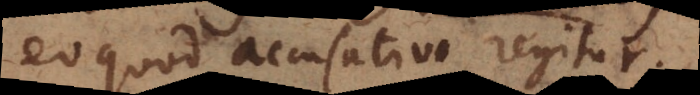
eo quod [ablativo] regitur.